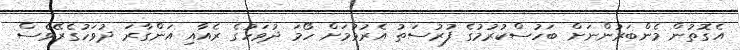
އެގޮތުން މެންބަރުންނަށް ބަހުސްކުރުމުގެ ފުރުސަތު އެރުވުމަށް ހޯމަ ދުވަހުގެ ރެއާއި އަންގާރަ ދުވަހުގެރޭވެސް